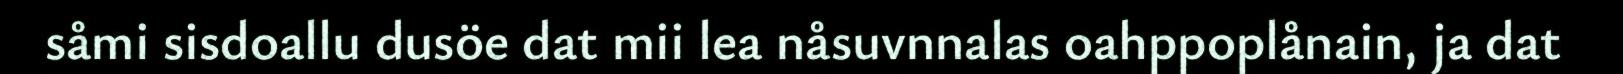
såmi sisdoallu dusöe dat mii lea nåsuvnnalas oahppoplånain, ja dat